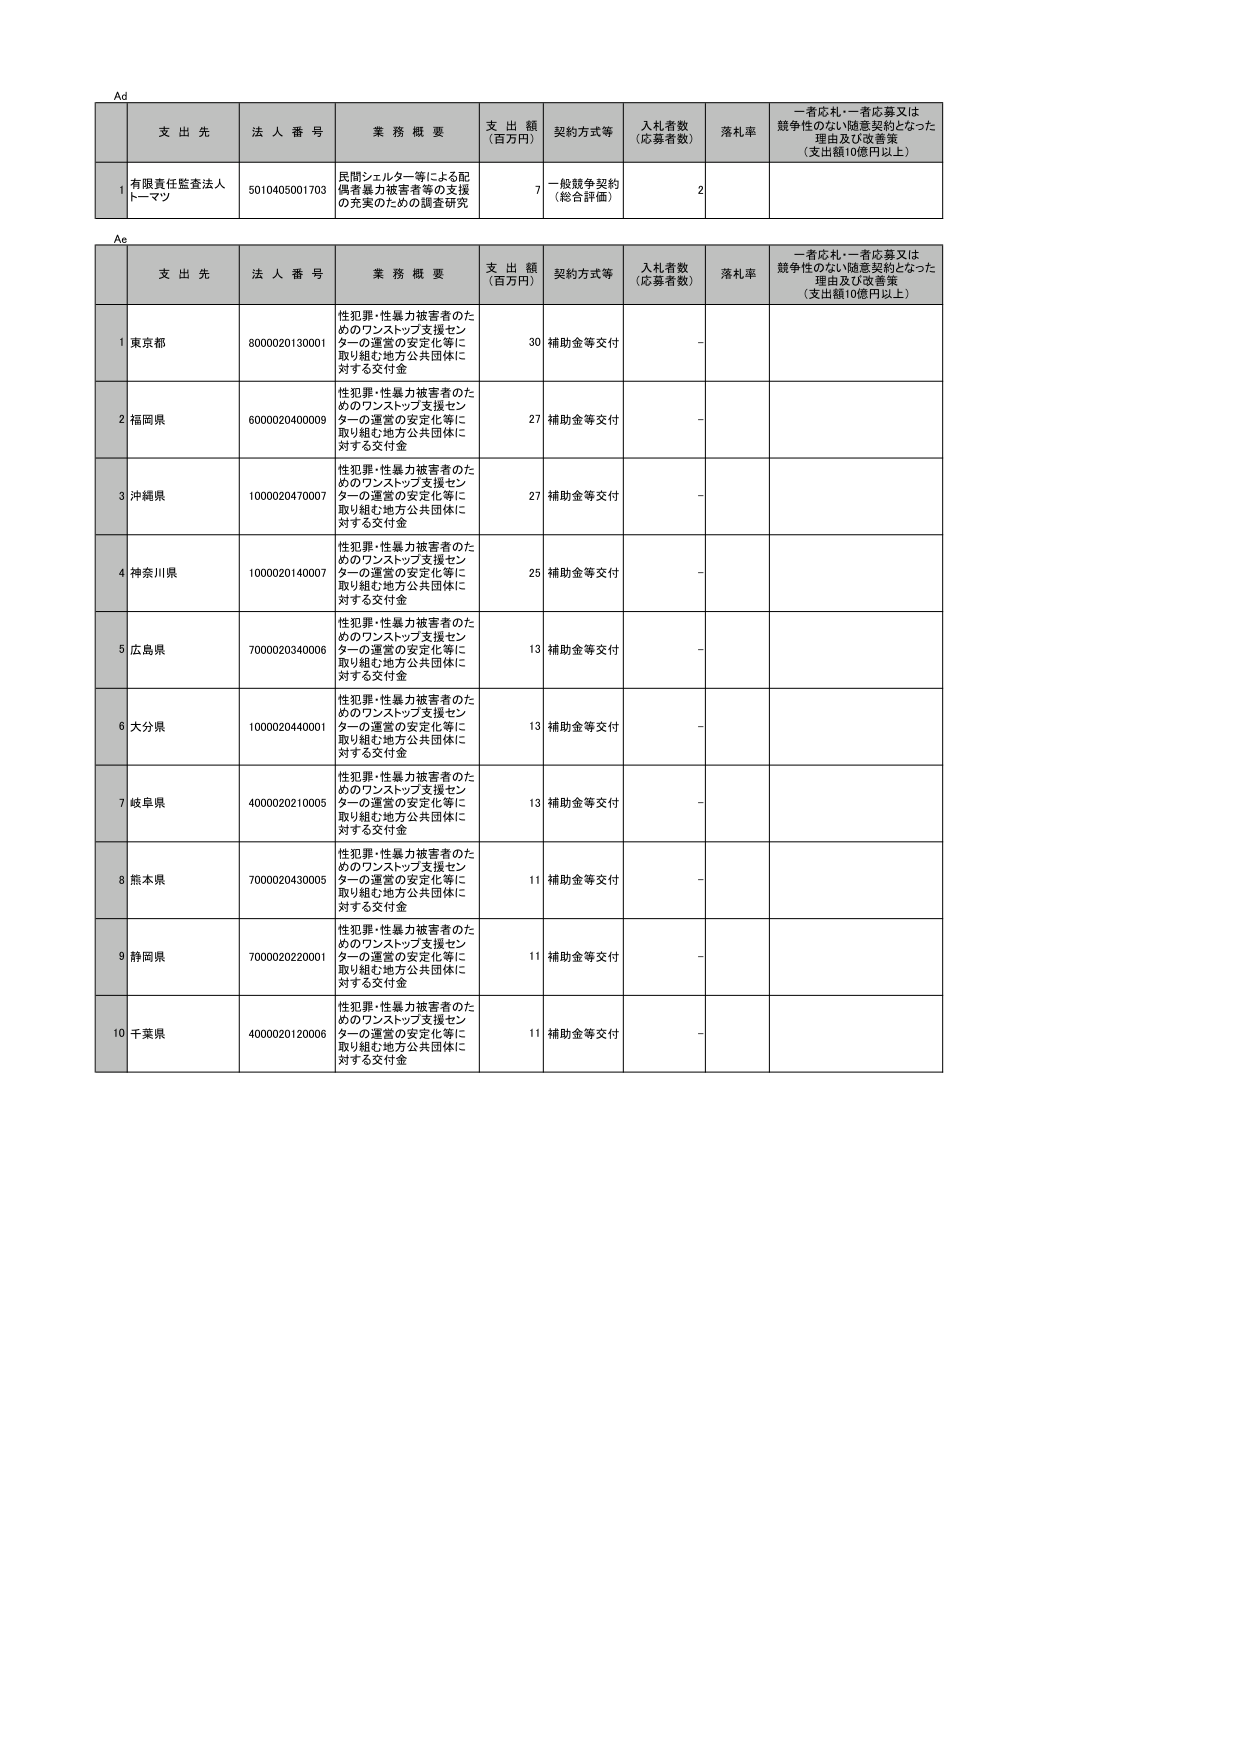
Ad

支 出 先 法 人 番 号 業 務 概 要 支 出 額 （百万円） 契約方式等 入札者数 （応募者数） 落札率 一者応札・一者応募又は 競争性のない随意契約となった 理由及び改善策 （支出額10億円以上）

1 有限責任監査法人 トーマツ 5010405001703 展開シェルター等による配 偶者暴力被害者等の支援 の充実のための調査研究 7 一般競争契約 （総合評価） 2

Ae

支 出 先 法 人 番 号 業 務 概 要 支 出 額 （百万円） 契約方式等 入札者数 （応募者数） 落札率 一者応札・一者応募又は 競争性のない随意契約となった 理由及び改善策 （支出額10億円以上）

1 東京都 8000020130001 性犯罪・性暴力被害者のた めのワンストップ支援セン ターの運営の安定化等に 取り組む地方公共団体に 対する交付金 30 補助金等交付 -

2 福岡県 6000020400009 性犯罪・性暴力被害者のた めのワンストップ支援セン ターの運営の安定化等に 取り組む地方公共団体に 対する交付金 27 補助金等交付 -

3 沖縄県 1000020470007 性犯罪・性暴力被害者のた めのワンストップ支援セン ターの運営の安定化等に 取り組む地方公共団体に 対する交付金 27 補助金等交付 -

4 神奈川県 1000020140007 性犯罪・性暴力被害者のた めのワンストップ支援セン ターの運営の安定化等に 取り組む地方公共団体に 対する交付金 25 補助金等交付 -

5 広島県 7000020340006 性犯罪・性暴力被害者のた めのワンストップ支援セン ターの運営の安定化等に 取り組む地方公共団体に 対する交付金 13 補助金等交付 -

6 大分県 1000020440001 性犯罪・性暴力被害者のた めのワンストップ支援セン ターの運営の安定化等に 取り組む地方公共団体に 対する交付金 13 補助金等交付 -

7 岐阜県 4000020210005 性犯罪・性暴力被害者のた めのワンストップ支援セン ターの運営の安定化等に 取り組む地方公共団体に 対する交付金 13 補助金等交付 -

8 熊本県 7000020430005 性犯罪・性暴力被害者のた めのワンストップ支援セン ターの運営の安定化等に 取り組む地方公共団体に 対する交付金 11 補助金等交付 -

9 静岡県 7000020220001 性犯罪・性暴力被害者のた めのワンストップ支援セン ターの運営の安定化等に 取り組む地方公共団体に 対する交付金 11 補助金等交付 -

10 千葉県 4000020120006 性犯罪・性暴力被害者のた めのワンストップ支援セン ターの運営の安定化等に 取り組む地方公共団体に 対する交付金 11 補助金等交付 -